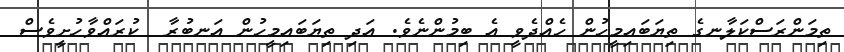
ތިމަންރަސްކަލާނގެ ތިޔަބައިމީހުން ހެއްދެވީ އެ ބިމުންނެވެ. އަދި ތިޔަބައިމީހުން އަނބުރާ  ކުރައްވާހުށީވެސް